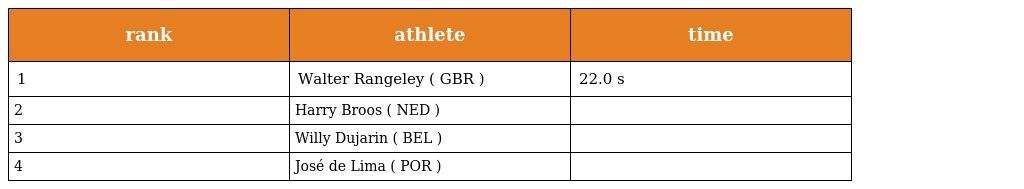
| rank | athlete | time |
 | --- | --- | --- |
 | 1 | Walter Rangeley ( GBR ) | 22.0 s |
 | 2 | Harry Broos ( NED ) |  |
 | 3 | Willy Dujarin ( BEL ) |  |
 | 4 | José de Lima ( POR ) |  |